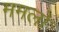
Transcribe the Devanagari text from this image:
ममलो